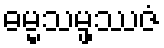
ဓမ္မသမ္ဖဿဇံ